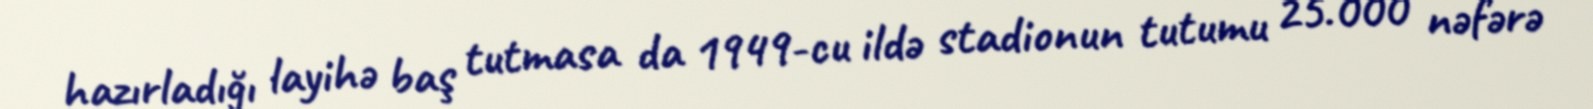
hazırladığı layihə baş tutmasa da 1949-cu ildə stadionun tutumu 25.000 nəfərə